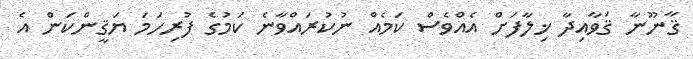
ޤާނޫނާ ޤަވާއިދާ ޚިލާފަށް އެއްވެސް ކަމެއް ނުކުރައްވާނެ ކަމުގެ ފުރިހަމަ ޔަޤީންކަން އެ